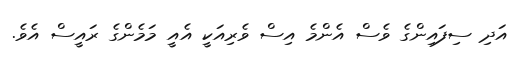
އަދި ސިފައިންގެ ވެސް އެންމެ އިސް ވެރިއަކީ އެއީ މަމެންގެ ރައީސް އެވެ.